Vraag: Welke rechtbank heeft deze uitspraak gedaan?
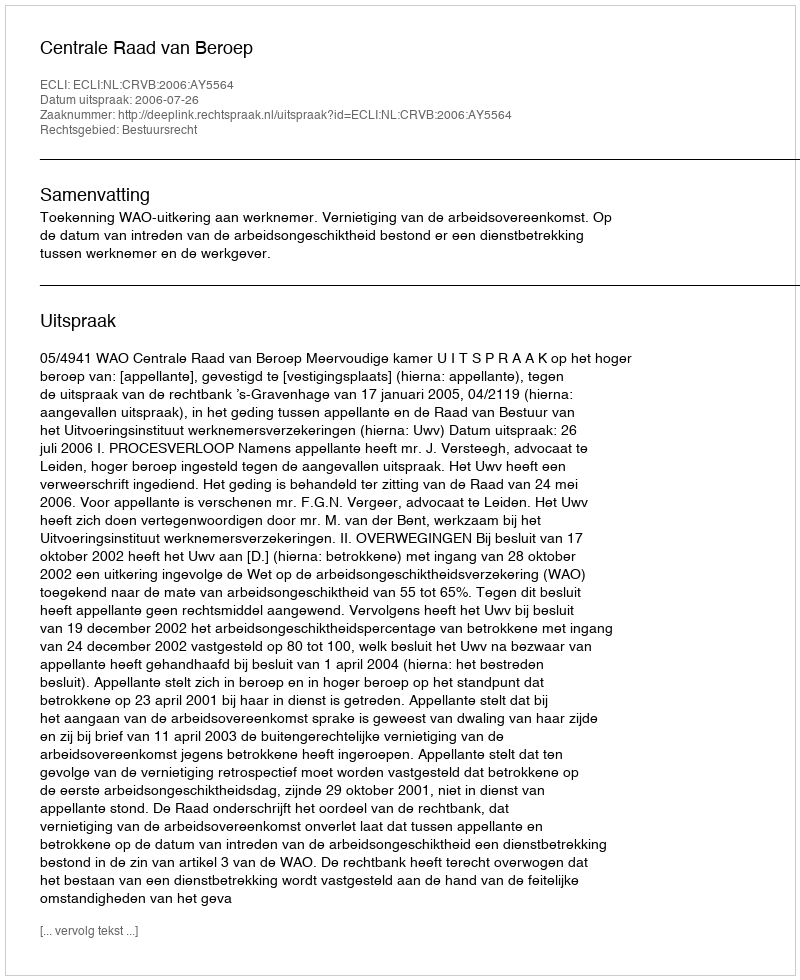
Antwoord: Centrale Raad van Beroep